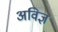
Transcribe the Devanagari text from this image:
अविज्ञ